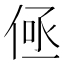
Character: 𬾤